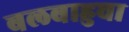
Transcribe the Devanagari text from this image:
बलबाहुचा